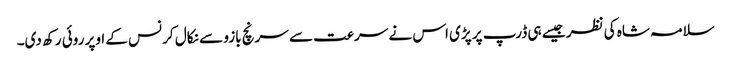
سلامہ شاہ کی نظر جیسے ہی ڈرپ پر پڑی اس نے سرعت سے سرنچ بازو سے نکال کر نس کے اوپر روئی رکھ دی۔